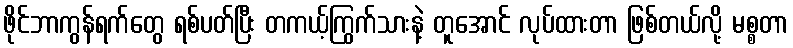
ဖိုင်ဘာကွန်ရက်တွေ ရစ်ပတ်ပြီး တကယ့်ကြွက်သားနဲ့ တူအောင် လုပ်ထားတာ ဖြစ်တယ်လို့ မစ္စတာ